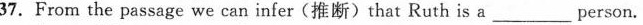
37.From the passage we can infer(推断)that Ruth is a___person.